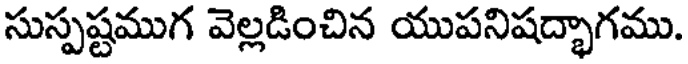
సుస్పష్టముగ వెల్లడించిన యుపనిషద్భాగము.